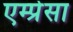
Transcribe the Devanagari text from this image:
एम्प्रेसा